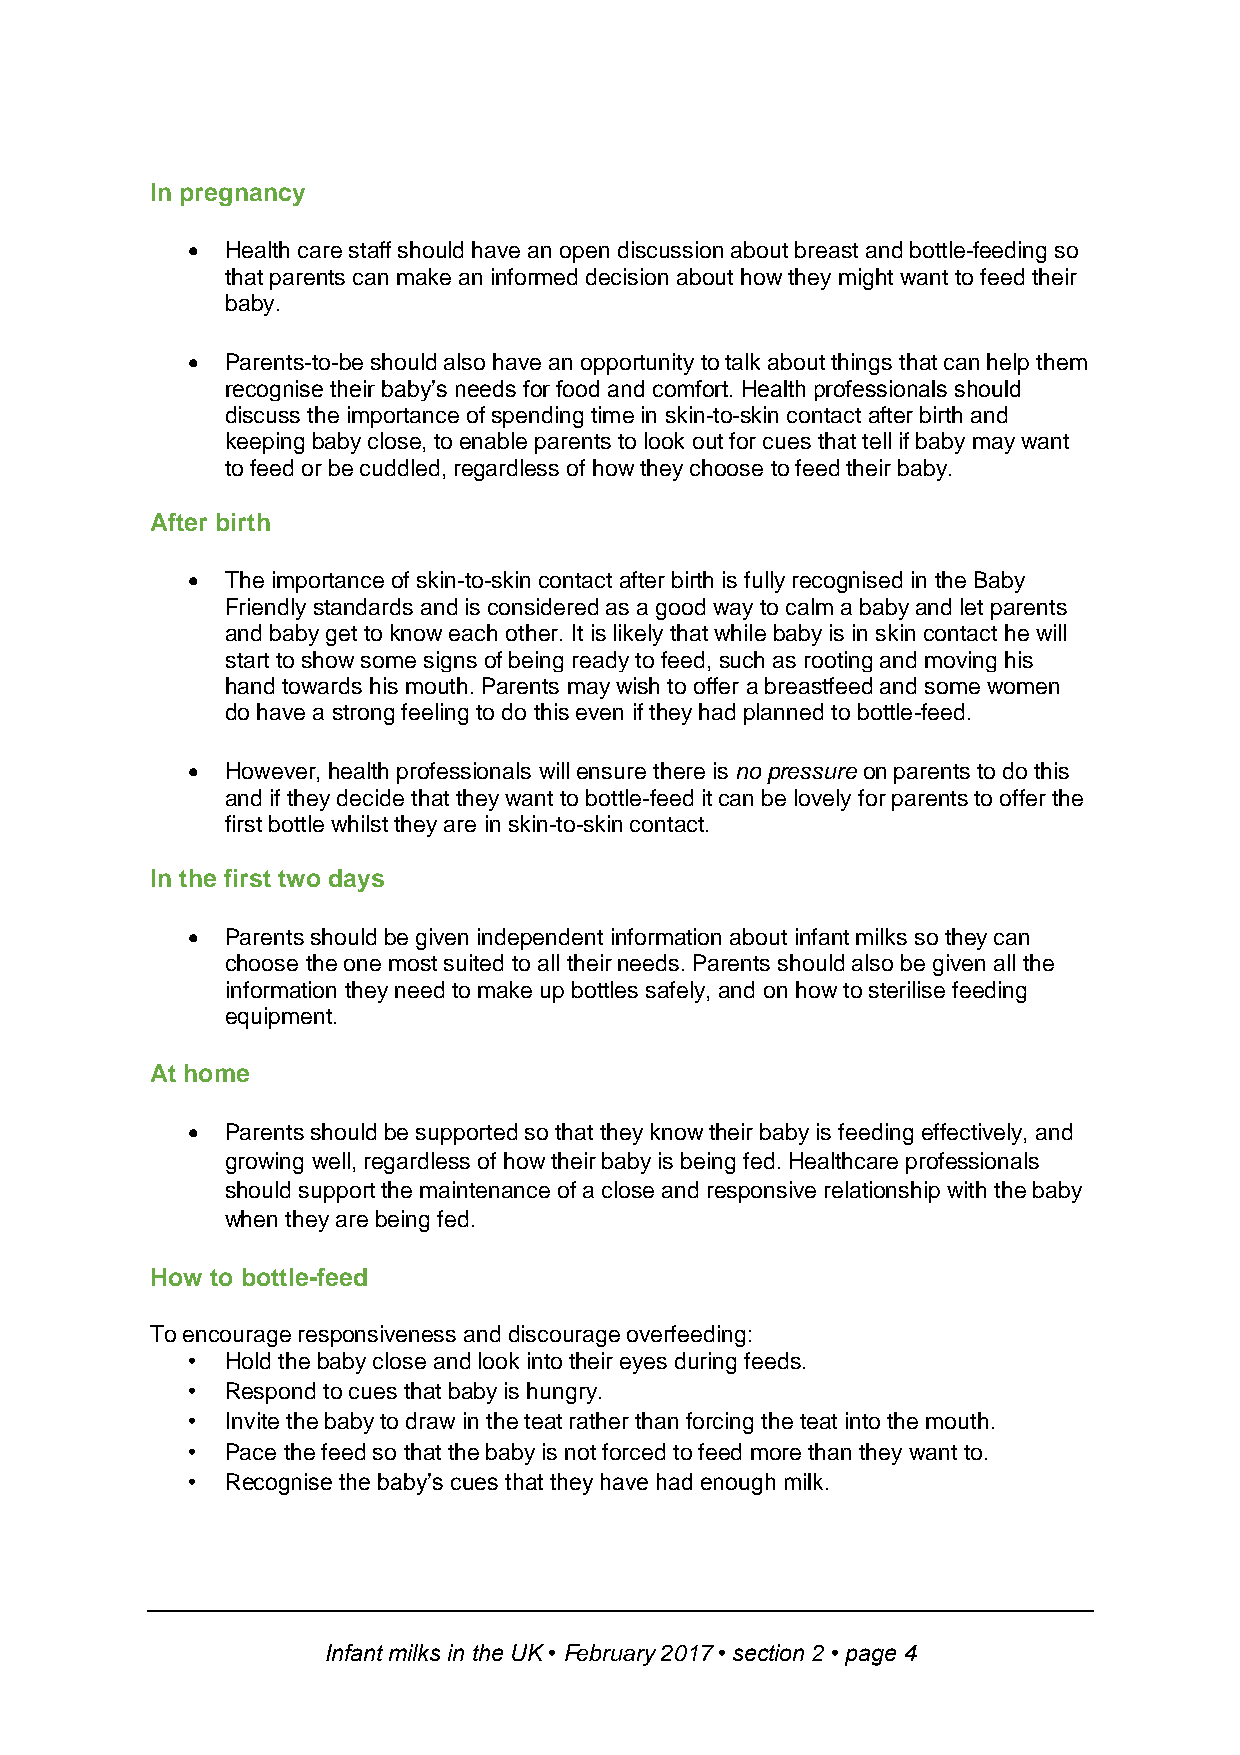
In pregnancy
   Health care staff should have an open discussion about breast and bottle-feeding so
 that parents can make an informed decision about how they might want to feed their
 baby.
   Parents-to-be should also have an opportunity to talk about things that can help them
 recognise their baby’s needs for food and comfort. Health professionals should
 discuss the importance of spending time in skin-to-skin contact after birth and
 keeping baby close, to enable parents to look out for cues that tell if baby may want
 to feed or be cuddled, regardless of how they choose to feed their baby.
 After birth
   The importance of skin-to-skin contact after birth is fully recognised in the Baby
 Friendly standards and is considered as a good way to calm a baby and let parents
 and baby get to know each other. It is likely that while baby is in skin contact he will
 start to show some signs of being ready to feed, such as rooting and moving his
 hand towards his mouth. Parents may wish to offer a breastfeed and some women
 do have a strong feeling to do this even if they had planned to bottle-feed.
   However, health professionals will ensure there is no pressure on parents to do this
 and if they decide that they want to bottle-feed it can be lovely for parents to offer the
 first bottle whilst they are in skin-to-skin contact.
 In the first two days
   Parents should be given independent information about infant milks so they can
 choose the one most suited to all their needs. Parents should also be given all the
 information they need to make up bottles safely, and on how to sterilise feeding
 equipment.
 At home
   Parents should be supported so that they know their baby is feeding effectively, and
 growing well, regardless of how their baby is being fed. Healthcare professionals
 should support the maintenance of a close and responsive relationship with the baby
 when they are being fed.
 How to bottle-feed
 To encourage responsiveness and discourage overfeeding:
 •  Hold the baby close and look into their eyes during feeds.
 •  Respond to cues that baby is hungry.
 •  Invite the baby to draw in the teat rather than forcing the teat into the mouth.
 •  Pace the feed so that the baby is not forced to feed more than they want to.
 •  Recognise the baby’s cues that they have had enough milk.
 Infant milks in the UK • February 2017 • section 2 • page 4